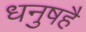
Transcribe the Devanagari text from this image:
धनुषहै